Scientific memoirs by medical officers of the Army of India - Part III,
Year: 1887
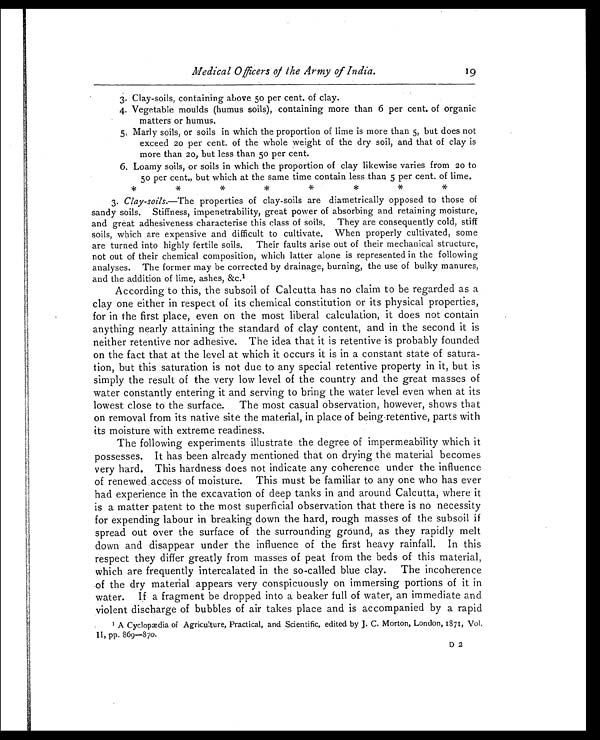
Medical Officers of the Army of India.
19
3. Clay-soils, containing above 50 per cent. of clay.
4. Vegetable moulds (humus soils), containing more than 6 per cent. of organic
matters or humus.
5. Marly soils, or soils in which the proportion of lime is more than 5, but does not
exceed 20 per cent. of the whole weight of the dry soil, and that of clay is
more than 20, but less than 5o per cent.
6. Loamy soils, or soils in which the proportion of clay likewise varies from 20 to
50 per cent., but which at the same time contain less than 5 per cent, of lime.
* * * * * * * *
3. Clay-soils.—The properties of clay-soils are diametrically opposed to those of
sandy soils. Stiffness, impenetrability, great power of absorbing and retaining moisture,
and great adhesiveness characterise this class of soils. They are consequently cold, stiff
soils, which are expensive and difficult to cultivate. When properly cultivated, some
are turned into highly fertile soils. Their faults arise out of their mechanical structure,
not out of their chemical composition, which latter alone is represented in the following
analyses. The former may be corrected by drainage, burning, the use of bulky manures,
and the addition of lime, ashes, &c.
1
According to this, the subsoil of Calcutta has no claim to be regarded as a
clay one either in respect of its chemical constitution or its physical properties,
for in the first place, even on the most liberal calculation, it does not contain
anything nearly attaining the standard of clay content, and in the second it is
neither retentive nor adhesive. The idea that it is retentive is probably founded
on the fact that at the level at which it occurs it is in a constant state of satura
-tion, but this saturation is not due to any special retentive property in it, but is
simply the result of the very low level of the country and the great masses of
water constantly entering it and serving to bring the water level even when at its
lowest close to the surface. The most casual observation, however, shows that
on removal from its native site the material, in place of being retentive, parts with
its moisture with extreme readiness.
The following experiments illustrate the degree of impermeability which it
possesses. It has been already mentioned that on drying the material becomes
very hard. This hardness does not indicate any coherence under the influence
of renewed access of moisture. This must be familiar to any one who has ever
had experience in the excavation of deep tanks in and around Calcutta, where it
is a matter patent to the most superficial observation that there is no necessity
for expending labour in breaking down the hard, rough masses of the subsoil if
spread out over the surface of the surrounding ground, as they rapidly melt
down and disappear under the influence of the first heavy rainfall. In this
respect they differ greatly from masses of peat from the beds of this material,
which are frequently intercalated in the so-called blue clay. The incoherence
of the dry material appears very conspicuously on immersing portions of it in
water. If a fragment be dropped into a beaker full of water, an immediate and
violent discharge of bubbles of air takes place and is accompanied by a rapid
1A Cyclopædia of Agriculture, Practical, and Scientific, edited by J. C. Morton, London, 1871, Vo
l. II, pp. 869—870.
D 2